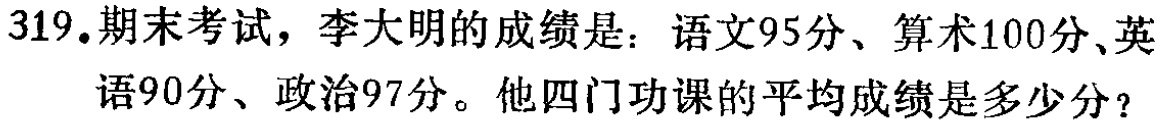
319.期末考试，李大明的成绩是：语文95分、算术100分、英语90分、政治97分。他四门功课的平均成绩是多少分？